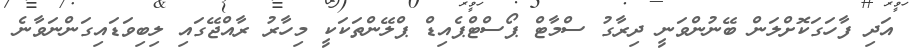
އަދި ފާހަގަކޮށްލަން ބޭނުންވަނީ ދިރާގު ސްމާޓް ޕޯސްޓްޕެއިޑް ޕްލޭންތަކަކީ މިހާރު ރާއްޖޭގައި ލިބިވަޑައިގަންނަވާނެ